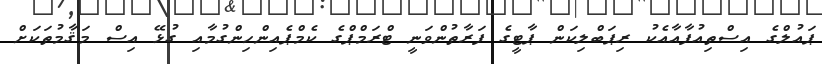
ޕައުލްގެ އިސްތިއުފާއާއެކު ރިޕަބްލިކަން ޕާޓީގެ ފަރާތުންވަނީ ޓްރަމްޕްގެ ކެމްޕެއިންހިންގުމާއި ގުޅޭ އިސް މަޤާމުތަކަށް